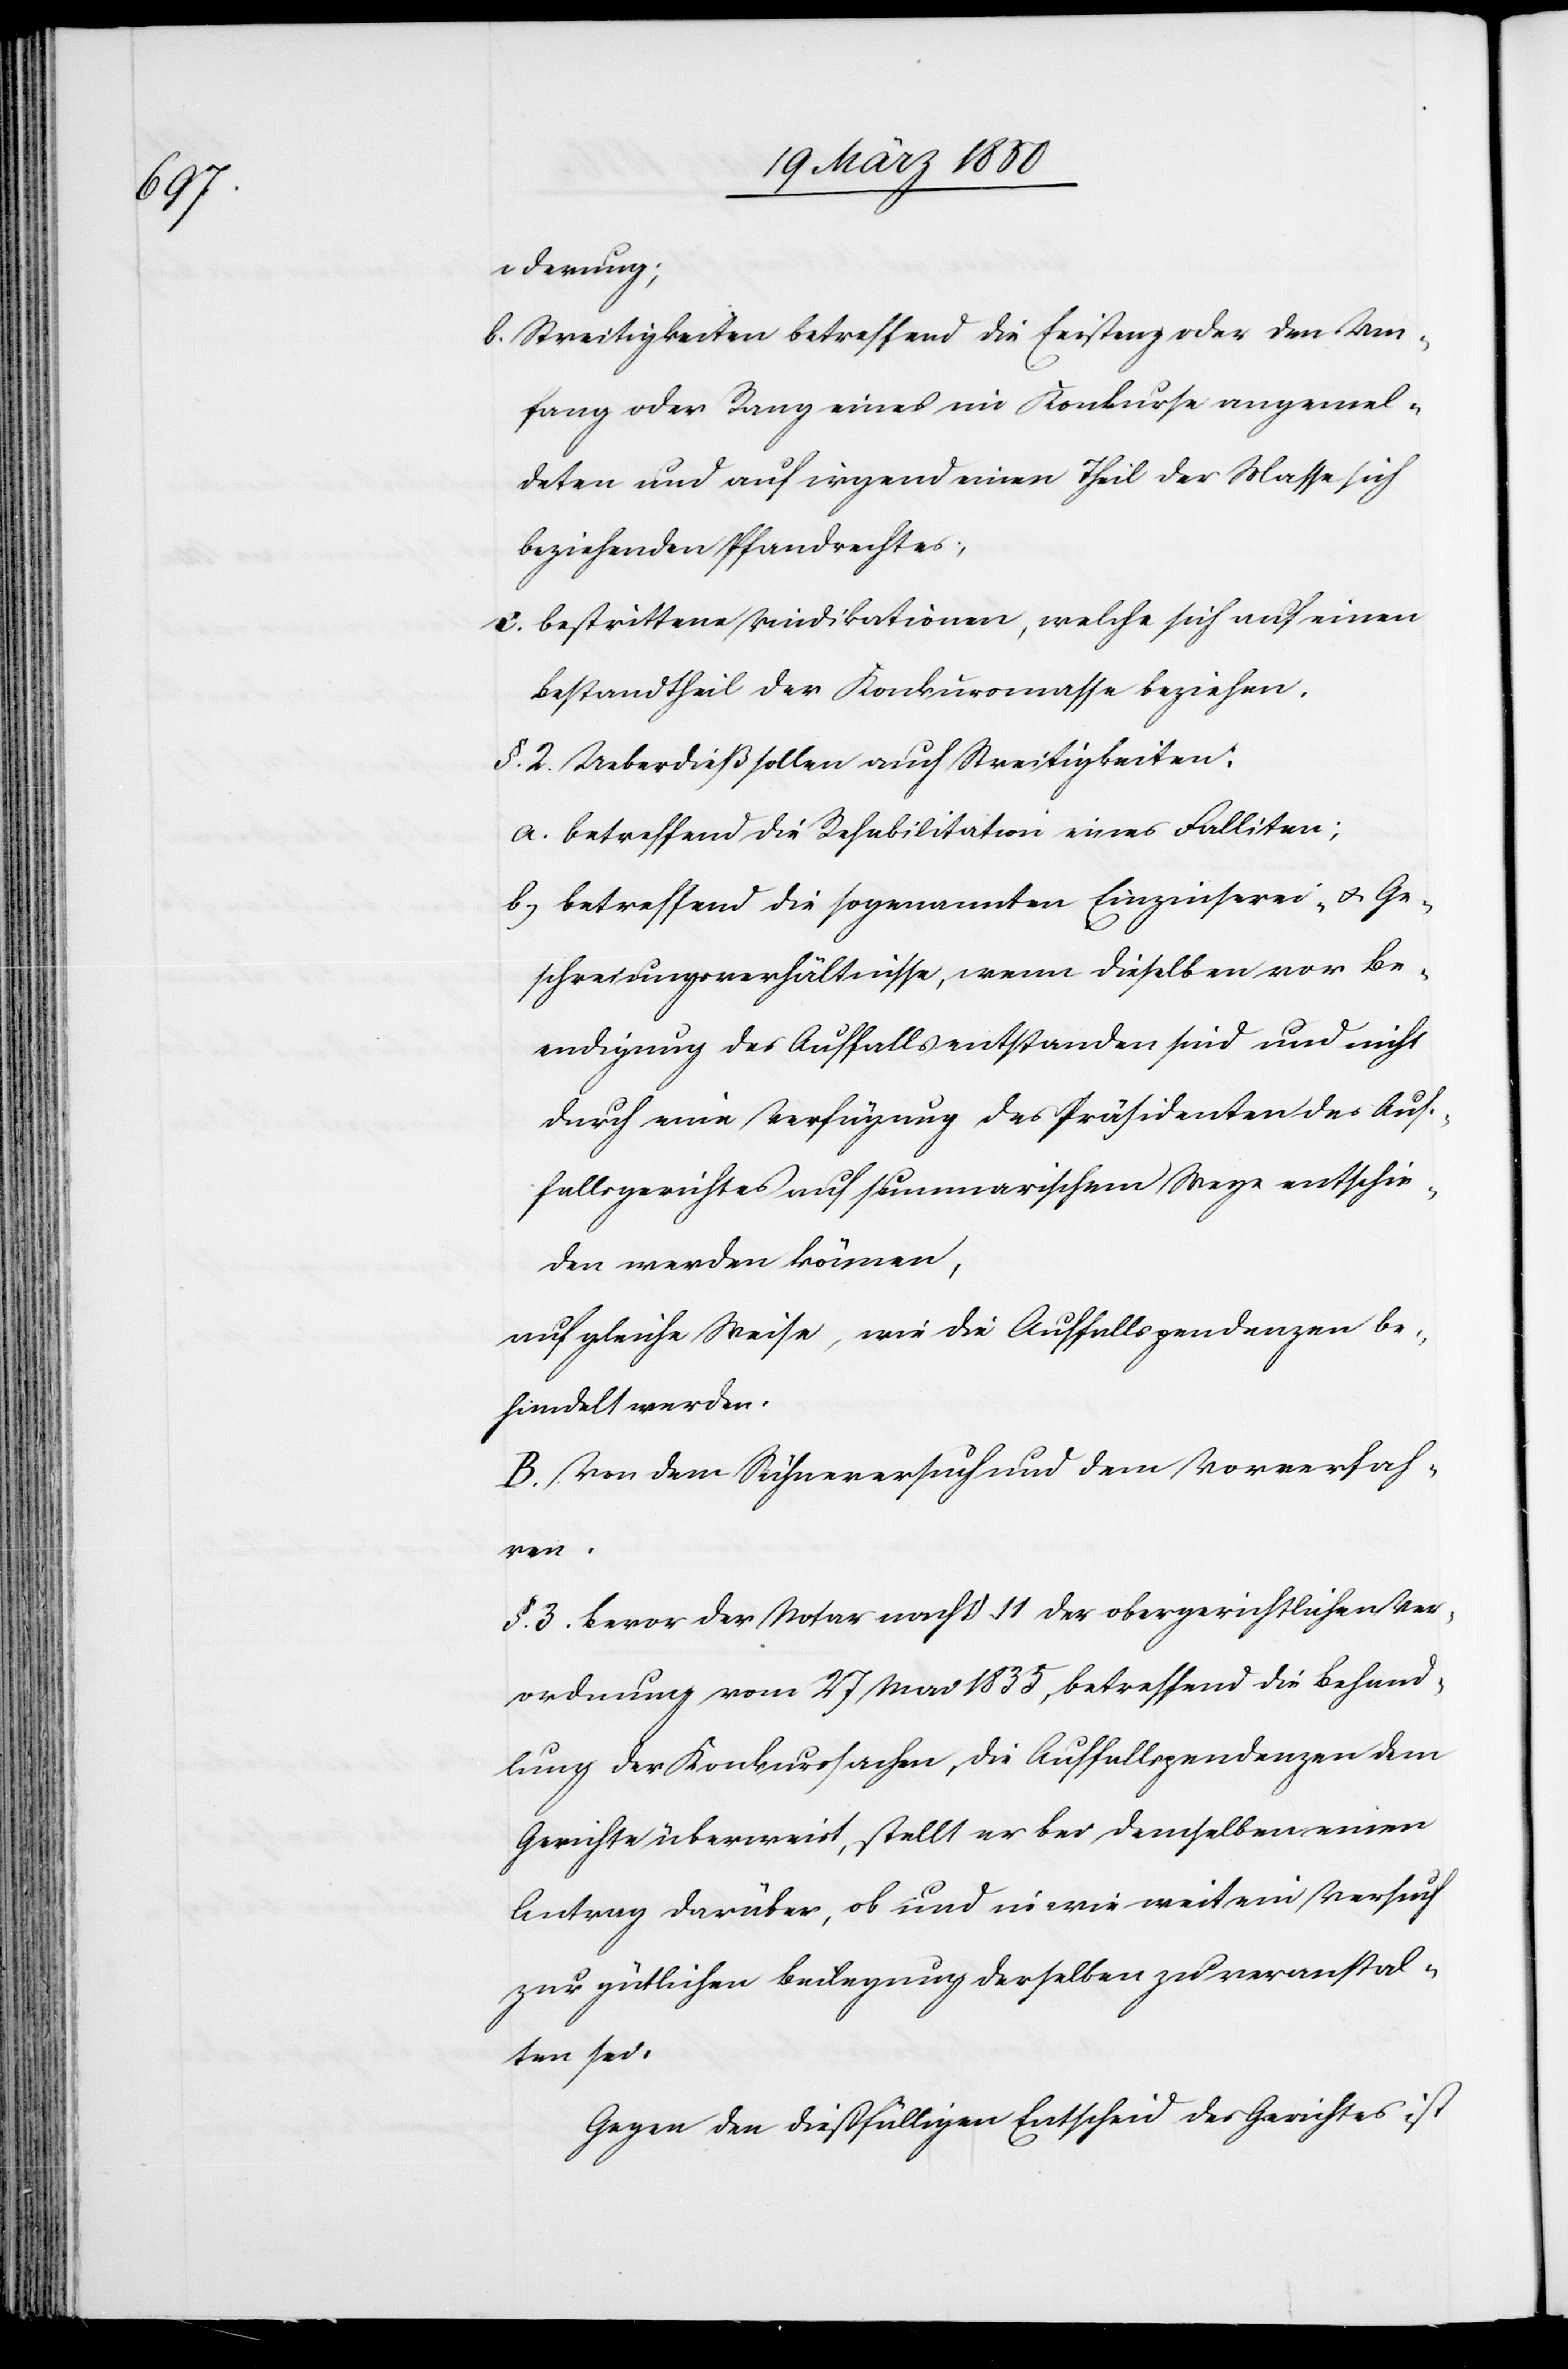
derung;
b. Streitigkeiten betreffend die Existenz oder den Um¬
fang oder Rang eines im Konkurse angemel¬
deten und auf irgend einen Theil der Masse sich
beziehenden Pfandrechtes;
c. bestrittene Vindikationen, welche sich auf einen
Bestandtheil der Konkursmasse beziehen.
§. 2. Ueberdieß sollen auch Streitigkeiten:
a. betreffend die Rehabilitation eines Falliten;
b. betreffend die sogenannten Einzinserei- u. Ge¬
schreiungsverhältnisse, wenn dieselben vor Be¬
endigung des Auffalls entstanden sind und nicht
durch eine Verfügung des Präsidenten des Auf¬
fallsgerichtes auf summarischem Wege entschie¬
den werden können,
auf gleiche Weise, wie die Auffallspendenzen be¬
handelt werden.
B. Von dem Sühneversuch und dem Vorverfah¬
ren.
§. 3. Bevor der Notar nach [?§)] 11 der obergerichtlichen Ver¬
ordnung vom 27 Mai 1835, betreffend die Behand¬
lung der Konkurssachen, die Auffallspendenzen dem
Gerichte überweist, stellt er bei demselben einen
Antrag darüber, ob und in wie weit ein Versuch
zur gütlichen Beilegung derselben zu veranstal¬
ten sei.
Gegen den dießfälligen Entscheid des Gerichtes ist